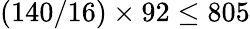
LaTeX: (140/16)\times 92\leq 805